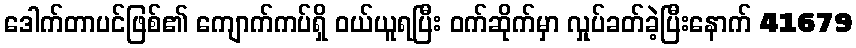
ဒေါက်တာပင်ဖြစ်၏ ကျောက်ကပ်ရှိ ဝယ်ယူရပြီး ဝက်ဆိုက်မှာ လှုပ်ခတ်ခဲ့ပြီးနောက် 41679